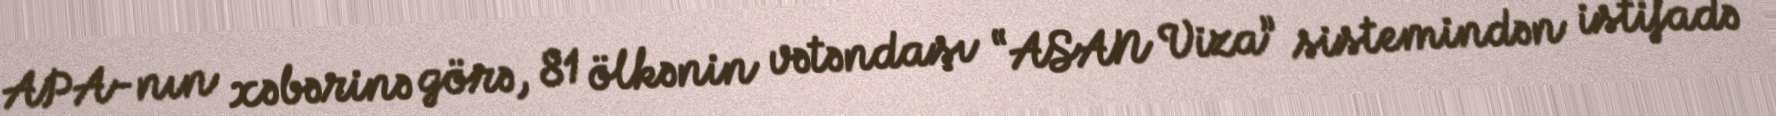
APA-nın xəbərinə görə, 81 ölkənin vətəndaşı “ASAN Viza” sistemindən istifadə